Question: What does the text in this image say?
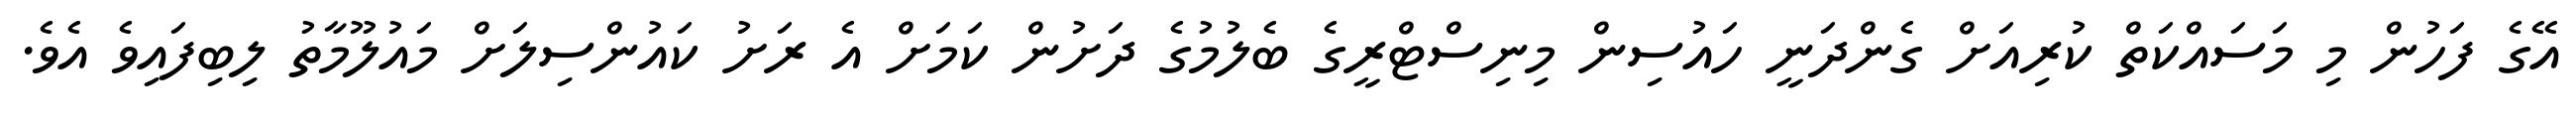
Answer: އޭގެ ފަހުން މި މަސައްކަތް ކުރިއަށް ގެންދަނީ ހައުސިން މިނިސްޓްރީގެ ބެލުމުގެ ދަށުން ކަމަށް އެ ރަށު ކައުންސިލަށް މައުލޫމާތު ލިބިފައިވެ އެވެ.